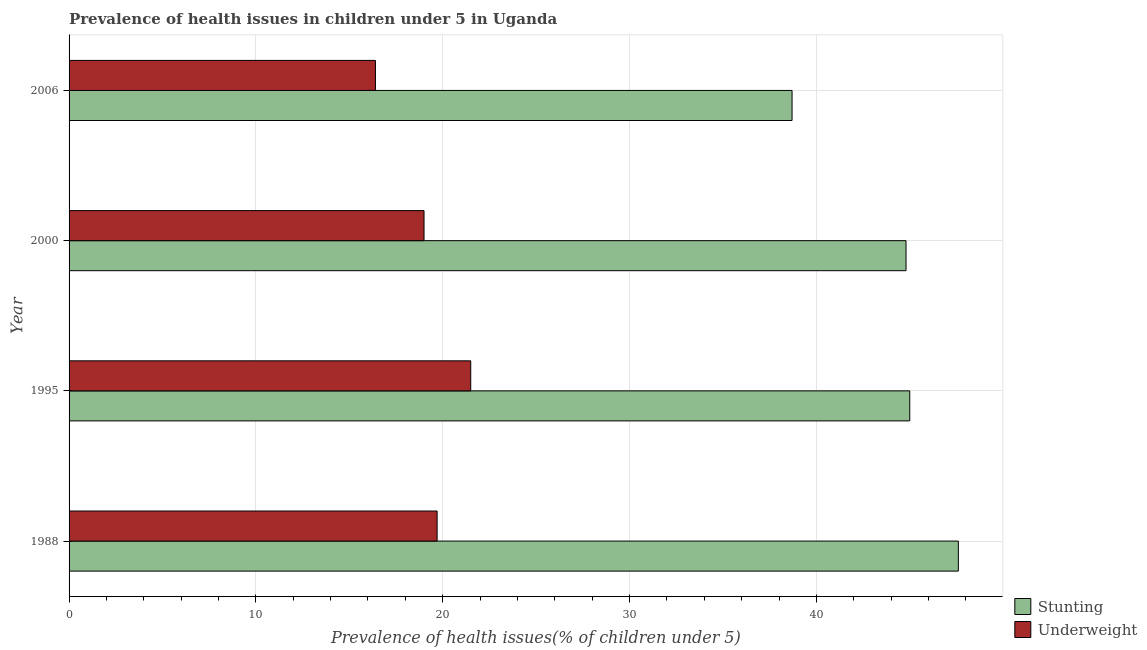
| Year | Stunting | Underweight |
 | --- | --- | --- |
 | 1988 | 47.6 | 19.7 |
 | 1995 | 45 | 21.5 |
 | 2000 | 44.8 | 19 |
 | 2006 | 38.7 | 16.4 |